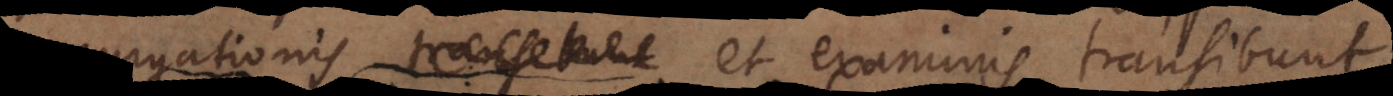
purgationis et examinis transibunt.